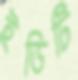
ইডিটি